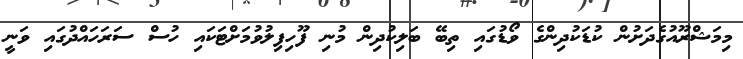
މިމަޝްރޫއުގެދަށުން ކުޑަކުދިންގެ ވޯޑުގައި ތިބޭ ބަލިކުދިން މުނި ފޫހިފިލުވުމަށްޓަކައި ހުސް ސަރަހައްދުގައި ވަނީ